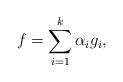
LaTeX: \begin{align*}f = \sum_{i=1}^k\alpha_ig_i,\end{align*}